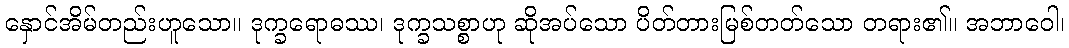
နှောင်အိမ်တည်းဟူသော။ ဒုက္ခရောဓဿ၊ ဒုက္ခသစ္စာဟု ဆိုအပ်သော ပိတ်တားမြစ်တတ်သော တရား၏။ အဘာဝေါ၊